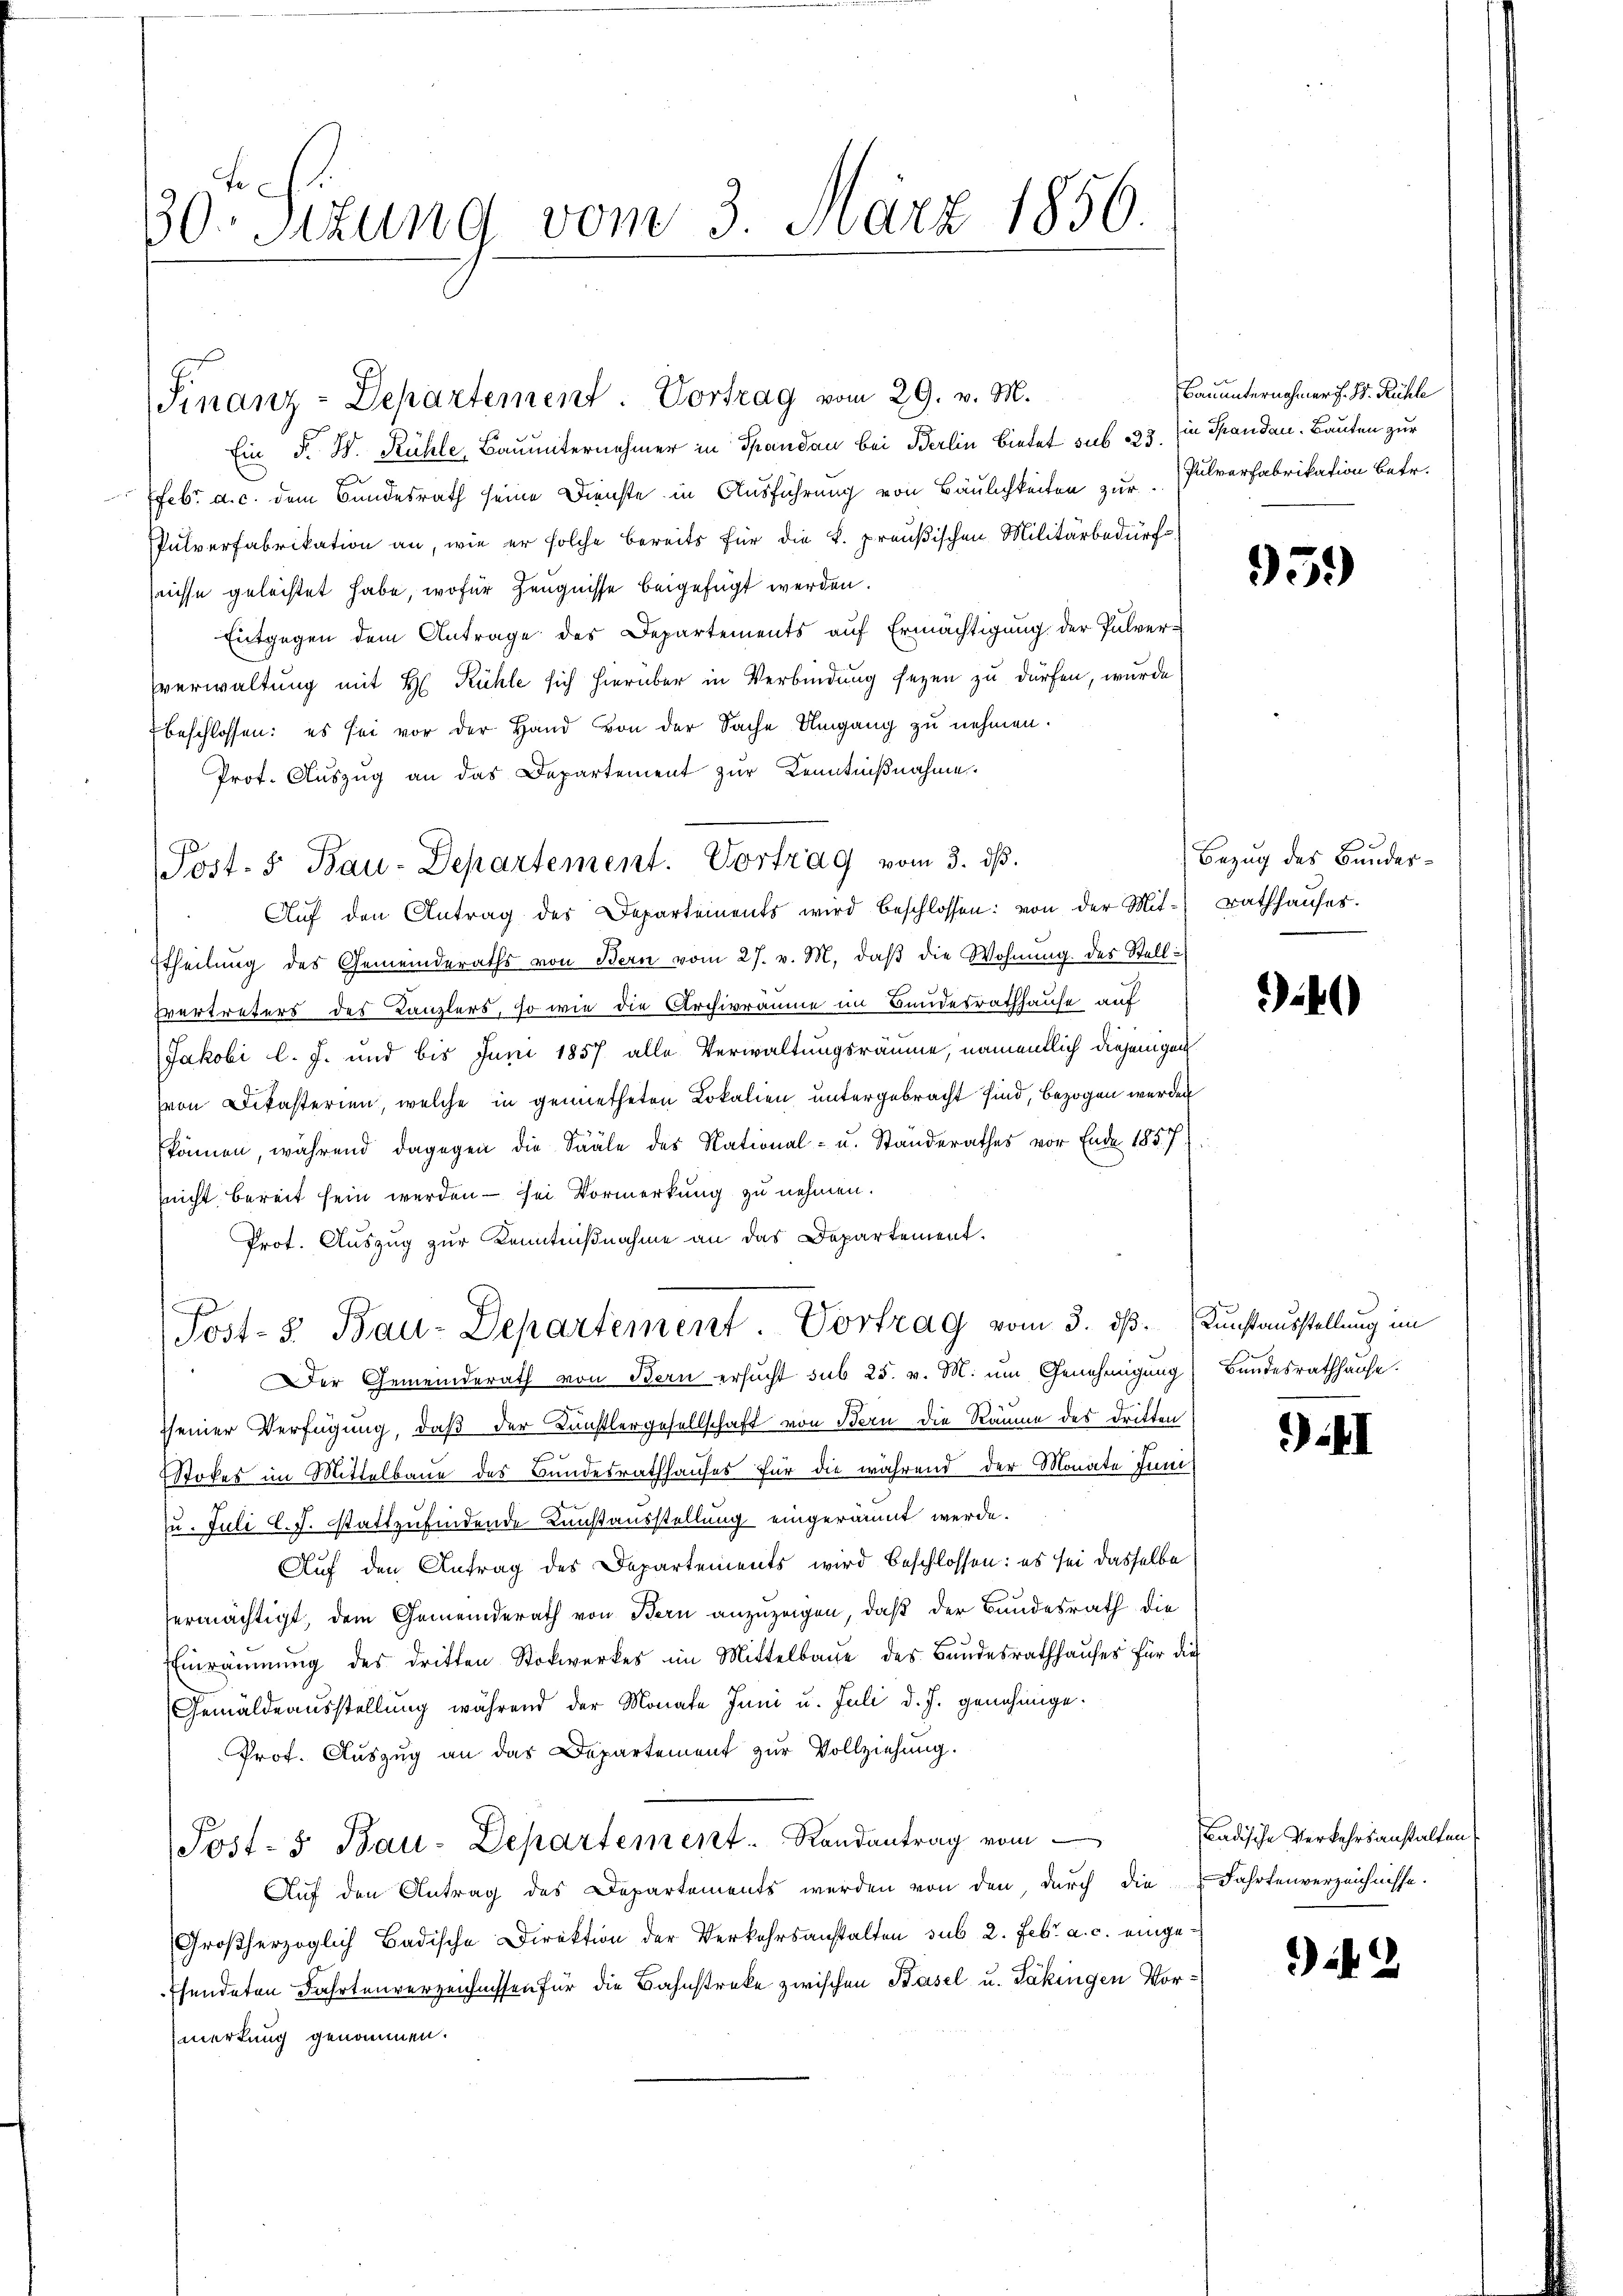
30. Sizung vom 3. März 1856

Finanz-Departement. Vortrag vom 29. v. M.

Post. S. Bau-Departement. Vortrag vom 3. dβ.

Ein F. W. Rühle, Bauunternehmer in Spandau bei Berlin bietet sub 233. (in Spandau. Bauten zur
febr. a. c. dem Bundesrath seine Dienste in Ausführung von Baulichkeiten zur Pulverfabrikation betr.
Pulverfabrikation an, wie er solche bereits für die k. preußischen Militärbedürf
seisse geleistet habe, wofür Zeugnisse beigefügt werden.
Entgegen dem Antrage des Departements auf Ermächtigung der Pulververwaltung mit H. Kühle sich hierüber in Verbindung seyen zu dürfen, wurde
beschlossen: es sei vor der Hand von der Sache Umgang zu nehmen.
Prot. Aŭszŭg an das Departement zŭr Kenntniβnahme.
Aŭf den Antrag des Departements wird beschlossen: von der Mit-Rathhaŭses.
Etheilung des Gemeinderaths von Bern vom 27. v. M. daβ die Wohnung des Stell¬
Evertreters des Kanzlers, so wie die Archivräume im Bundesrathhause auf
Jakobi l. J. und bis Juni 1857 alle Verwaltungsräume, namentlich diejenigen
Von Dekasterien, welche in gemietheten Lokalien untergebracht sind, bezogen werden
Ekönnen, während dagegen die Sääle des National- u. Standerathes vor Ende 1857.
(nicht, bereit sein werden — sei Vormerkung zu nehmen.
Prot. Auszug zur Kenntnißnahme an das Departement.
Post-3 Bau-Departement. Vortrag vom 3. dß. Kunstausstellung im
Der Gemeinderath von Bern ersucht sub 25. v. M. um Genehmigung
seiner Verfügung, daß der Künstlergesellschaft von Bern die Räume des Dritten
Stokes im Mittelbaue des Bundesrathhauses für die während der Monate Juni
u. Juli l.J. stattzufindende Kunstausstellung eingeräumt werde.
Auf den Antrag des Departements wird beschlossen: es sei dasselbe
ermächtigt, dem Gemeinderath von Bern anzuzeigen, daß der Bundesrath die
Einräumung des dritten Stockwerkes im Mittelbache des Bandesrathhauses für die
Gemäldeausstellung während der Monate Juni u. Juli d. J. genehmige.
Prof. Auszug an das Departement zur Vollziehung.
Post- & Bau-Departement. Randantrag vom
Auf den Antrag des Departements werden von den durch die Fahrtenverzeichnisse.
Großherzoglich Badische Direktion der Verkehrsanstalten sub 2. Febr. a. c. einge¬
Esendeten Fahrtenverzeichnissen für die Bahnstreke zwischen Basel u. Takingen Vormerkung genommen.

Bauunternehmers. S. Rühle

95.)

Bezug des Bunder¬

)

Bundesrathhause.

.1

Badische Verkehrsanstalten

92